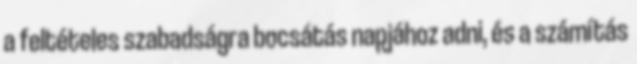
a feltételes szabadságra bocsátás napjához adni, és a számítás